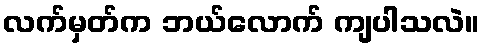
လက်မှတ်က ဘယ်လောက် ကျပါသလဲ။